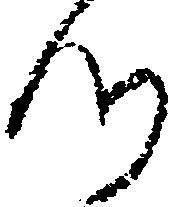
つ